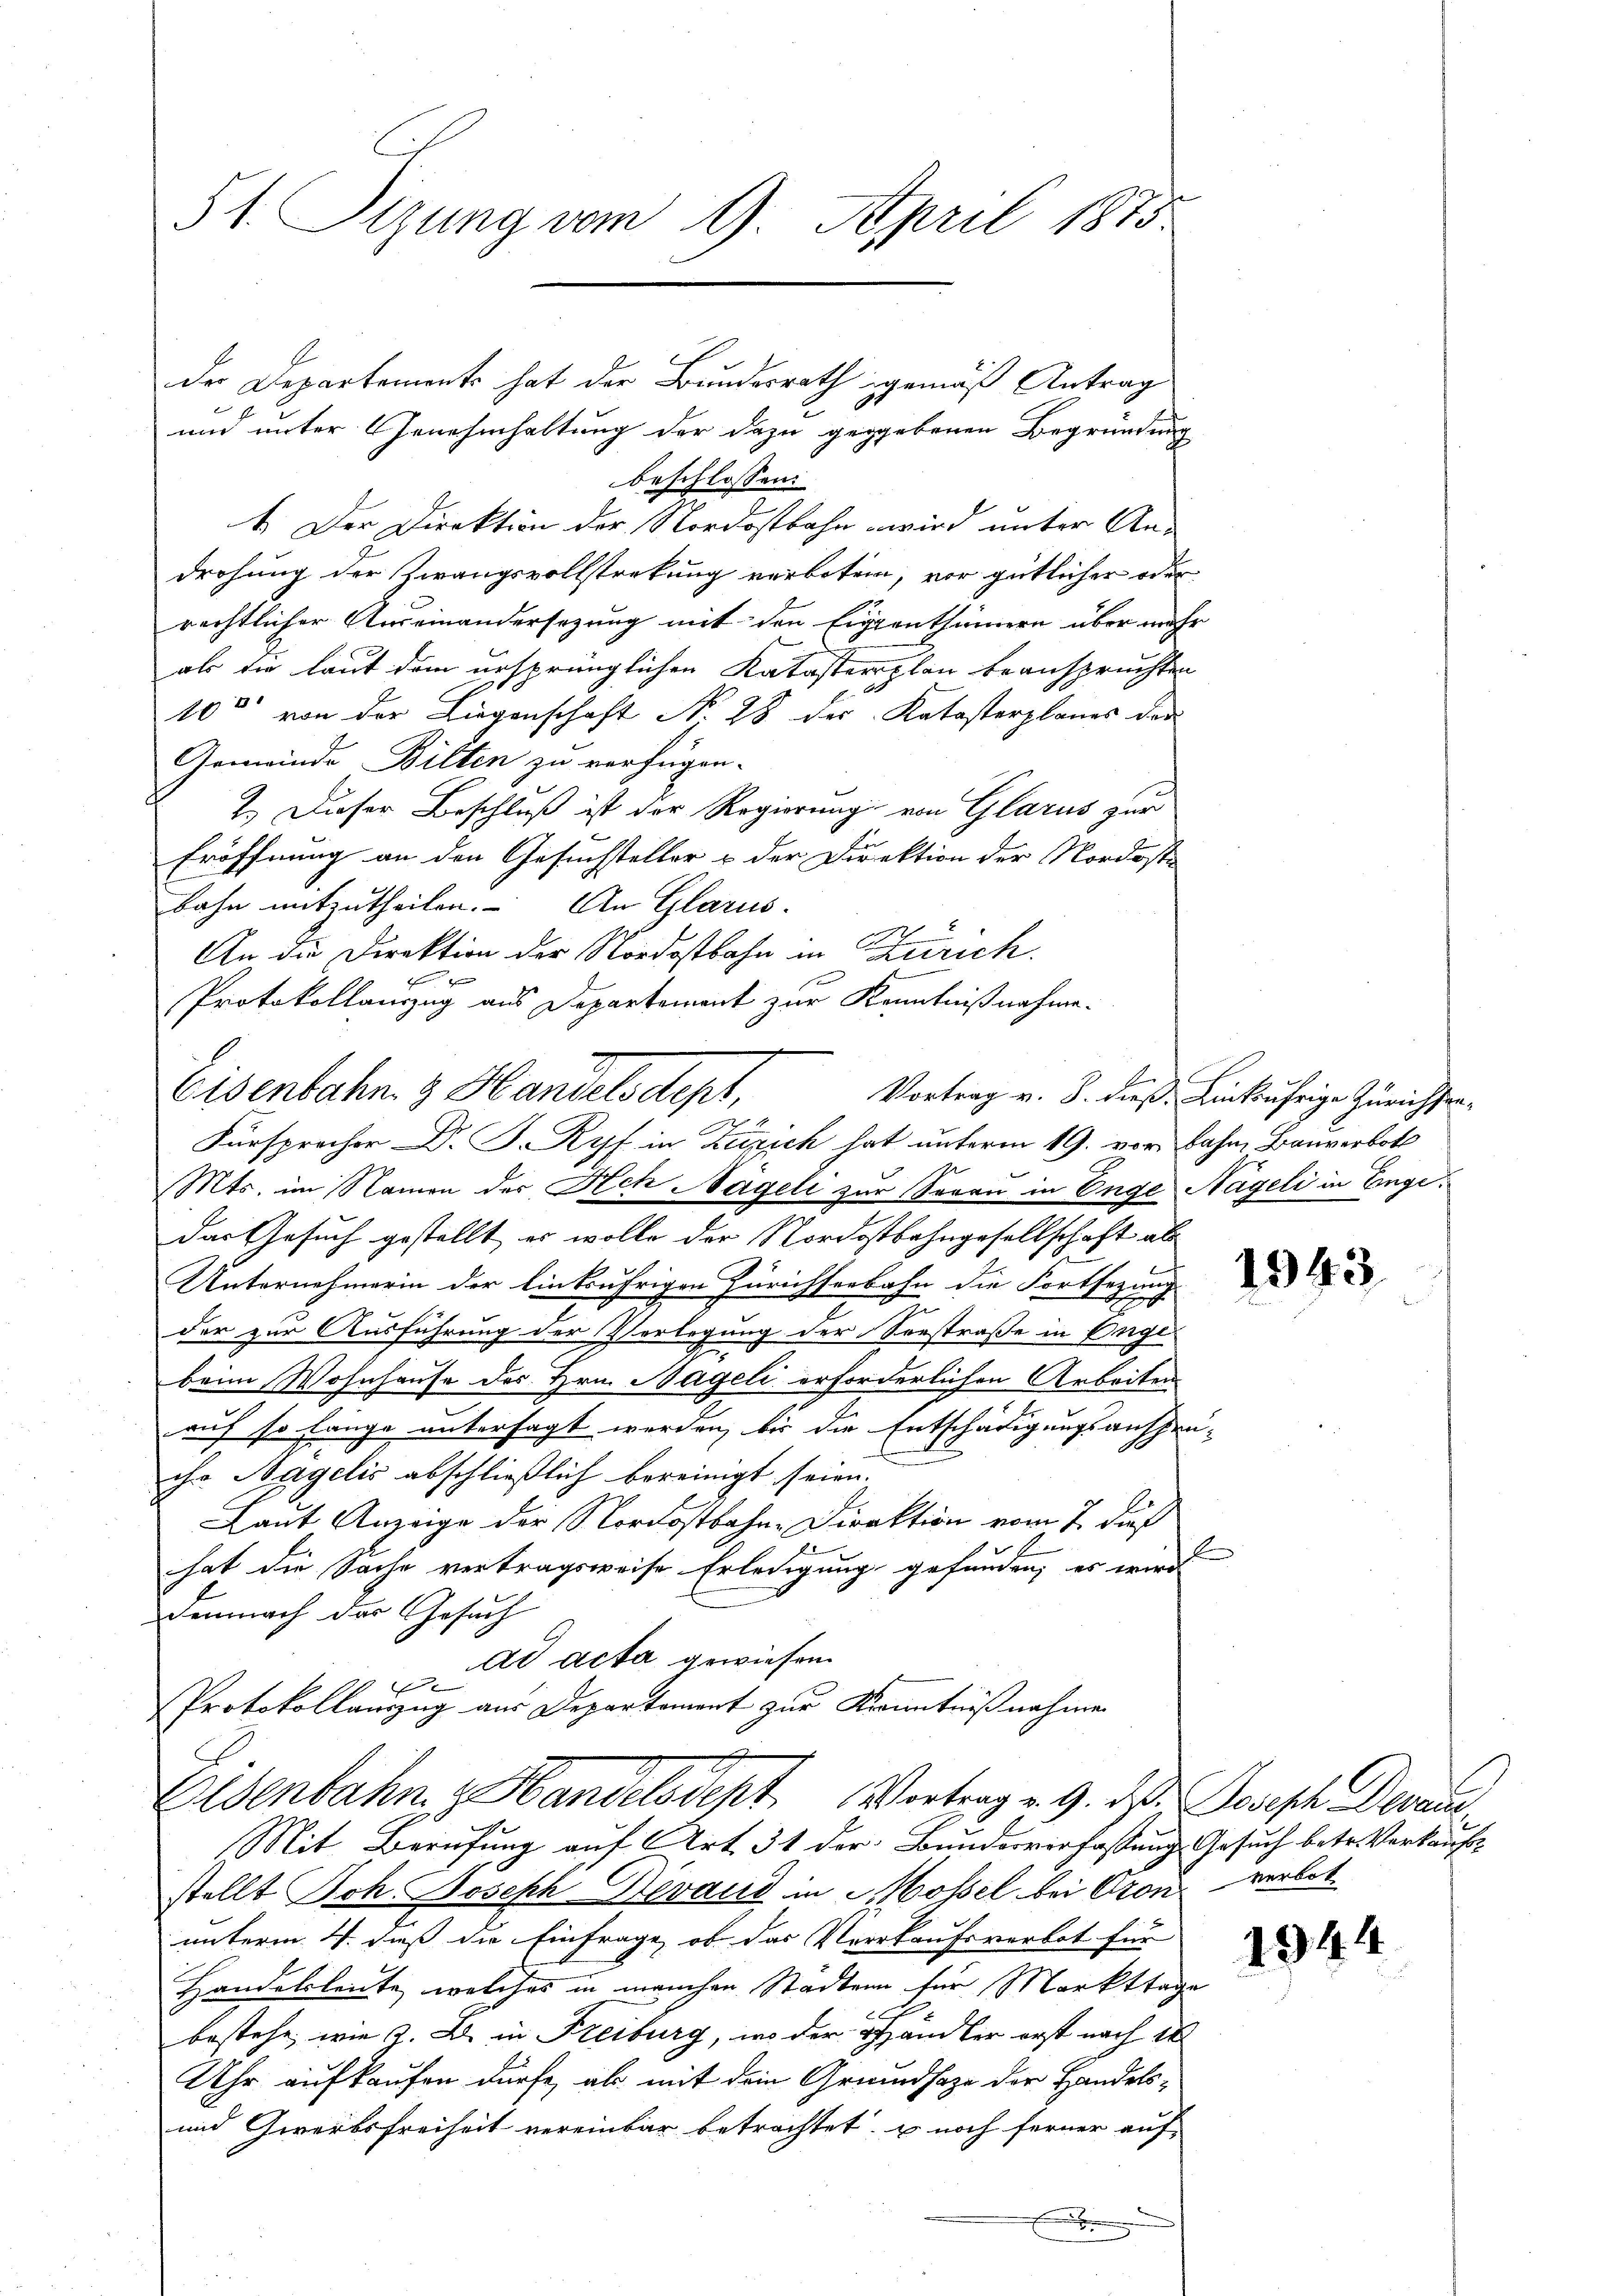
51. Sizung vom 9. April 1873.

der Departements hat der Bundesrath gemäß Antrag
und unter Genehmhaltung der dazu gegebenen Begründung
beschlossen:
4. Der Direktion der Nordostbahn wird unter An-
drohung der Zwangsvollstreckung verboten, vor gütlicher oder
rechtlicher Auseinandersezung mit den Eigenthümern über mehr
als die laut dem ursprünglichen Katasterplan beanspruchten
100 von der Liegenschaft No 28 der Katasterplanes der
Gemeinde Bilten zu verfügen.
2.) Dieser Beschluß ist der Regierung von Glarus zur
Eröffnung an den Gesuchsteller & der Direktion der Nordoste
bahn mitzutheilen. An Glarus.
An die Direktion der Nordostbahn in Zürich.
Protokollauszug aus Departement zur Kenntnißnahme.
Eisenbahn. z. Handels dept,
Fürsprecher Dr. J. Ryf in Zürich hat unterm 19. vor Bahn, Bauverbot
Mts. im Namen der Ach Nageli zur Serau in Enge Nägeli in Engedas Gesuch gestellt, es wolle der Nordostbahngesellschaft als
Unternehmerin der Einkährigen Zürichserbahn die Fortsezung
der zur Ausführung der Verlegung der Seestraße in Enge
beim Wohnhause des Hrn. Nageli erforderlichen Arbeiten
auf so lange untersagt werden, bis die Entschädigungsanschei-
ihr Bagelis abschließlich bereinigt seien.
Laut Anzeige der Nordostbahn-Direktion vom 7. daß
f
hat die Sache vertragsweise Erledigung gefunden, es wird
Demnach das Gesuch
ad acta gewiesen.
e
Protokollauszug aus Departement zur Kenntnißnahmen
Eisenbahn z. Handelsdept Vortrag v. 9. d. Joseph Decane
Mit Berufung auf Art. 31 der Bundesverfassung Gesuch betr. Verkaufsstellt Joh. Joseph Herand in Mossel bei Oron, verbot
unterm 4. daß die Einfrage, ob das Verkaufsverbot für
Handelsleute, welches in manchen Stadten für Markttage
bestehe, wie z. B. in Freiburg, wo der Händler erst nach 18
Uhr aufkaufen dürfe, als mit dein Grundsaze der Handels¬
und Zwerbsfreiheit vereinbar betrachtet. Es noch ferner auf
x

Vortrag v. 8. dieß. Linkufrige Zürichsen¬

1944